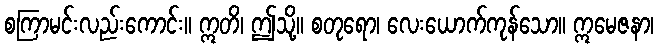
စကြာမင်းလည်းကောင်း။ ဣတိ၊ ဤသို့။ စတုရော၊ လေးယောက်ကုန်သော။ ဣမေဇနာ၊